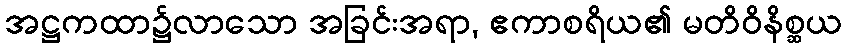
အဋ္ဌကထာ၌လာသော အခြင်းအရာ, ဧကာစရိယ၏ မတိဝိနိစ္ဆယ